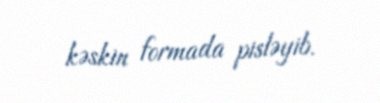
kəskin formada pisləyib.